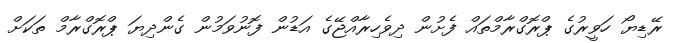
ރޭޑިޔޯ ހަވީރުގެ ޕްރޮގްރާމްތައް ފެށުން ދިވެހިރާއްޖޭގެ އަޑުން ފޮނުވަމުން ގެންދިޔަ ޕްރޮގްރާމް ތަކަށް